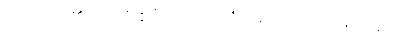
ဟောတိ၊ ၏။ ဣတိ ဧဝံ၊ သို့။ ဥပသံဟရဏတော၊ ဖြင့်။ မရဏံ၊